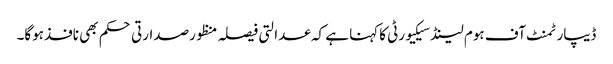
ڈیپارٹمنٹ آف ہوم لینڈسیکیورٹی کاکہنا ہے کہ عدالتی فیصلہ منظورصدارتی حکم بھی نافذہوگا۔